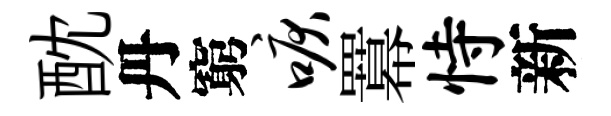
酖丹窮唳羃恃新